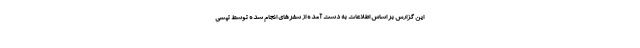
این گزارش بر اساس اطلاعات به دست آمده از سفرهای انجام شده توسط تپسی